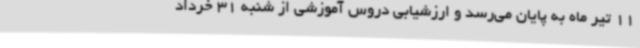
11 تیر ماه به پایان می‌رسد و ارزشیابی دروس آموزشی از شنبه 31 خرداد